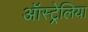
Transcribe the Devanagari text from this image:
ऑस्ट्र्रेलिया